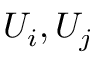
U _ { i } , U _ { j }